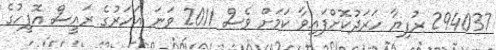
294037 ރުފިޔާ ހަރަދުކޮށްފައިވާ ކަމަށް ވެސް 2011 ވަނަ އަހަރުގެ ރައީސް އޮފީހުގެ